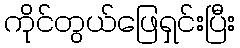
ကိုင်တွယ်ဖြေရှင်းပြီး